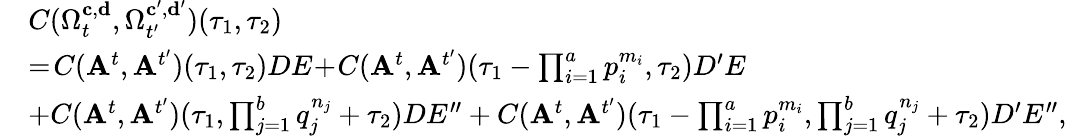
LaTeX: \begin{array}{rl}&{C(\Omega_{t}^{\mathbf{c},\mathbf{d}},\Omega_{t^{\prime}}^{\mathbf{c^{\prime}},\mathbf{d^{\prime}}})(\tau_{1},\tau_{2})}\\ &{=\! C(\mathbf{A}^{t},\mathbf{A}^{t^{\prime}})(\tau_{1},\tau_{2})DE\! +\! C(\mathbf{A}^{t},\mathbf{A}^{t^{\prime}})(\tau_{1}-\prod_{i=1}^{a}p_{i}^{m_{i}},\tau_{2})D^{\prime}E}\\ &{+C(\mathbf{A}^{t},\mathbf{A}^{t^{\prime}})(\tau_{1},\prod_{j=1}^{b}q_{j}^{n_{j}}+\tau_{2})DE^{\prime\prime}+C(\mathbf{A}^{t},\mathbf{A}^{t^{\prime}})(\tau_{1}-\prod_{i=1}^{a}p_{i}^{m_{i}},\prod_{j=1}^{b}q_{j}^{n_{j}}+\tau_{2})D^{\prime}E^{\prime\prime},}\end{array}